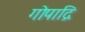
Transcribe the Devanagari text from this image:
गोपाद्रि